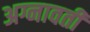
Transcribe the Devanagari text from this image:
अग्नावती